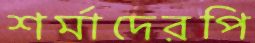
শর্মাদেরপি